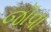
જૉવા